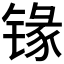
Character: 𰾦